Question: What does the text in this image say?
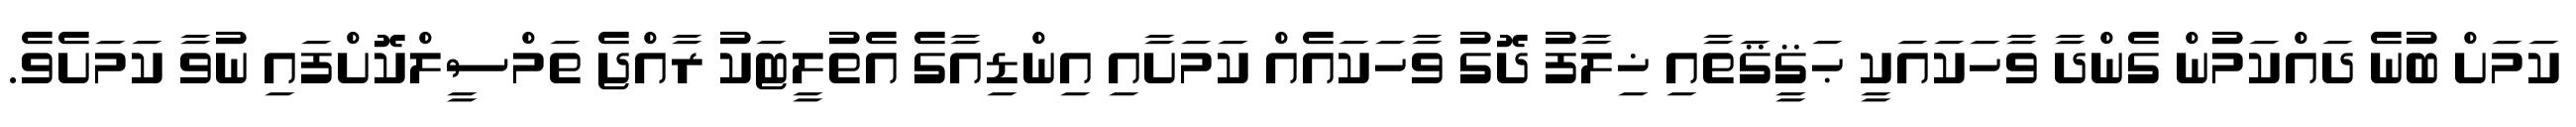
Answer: ކަމަށް ބުނެ ދައްކަމުން ގެންދާ ވާހަކައަކީ ޙަޤީޤަތާއި ޚިލާފު ދޮގު ވާހަކައެއް ކަމަށާއި އިންޑިއާގެ އެތުލީޓަކު ރާއްޖެ ތަމްސީލްކޮށްފައި ނުވާ ކަމަށެވެ.